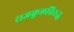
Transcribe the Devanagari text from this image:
राजकुलविरूद्ध